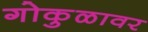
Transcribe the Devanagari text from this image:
गोकुळावर